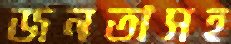
জনতাসহ